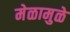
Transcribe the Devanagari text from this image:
मेळामुळे